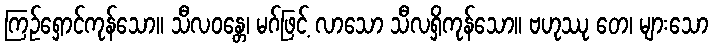
ကြဉ်ရှောင်ကုန်သော။ သီလဝန္တေ၊ မဂ်ဖြင့် လာသော သီလရှိကုန်သော။ ဗဟုဿု တေ၊ များသော